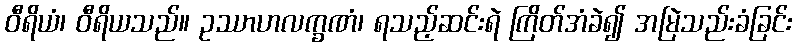
ဝီရိယံ၊ ဝီရိယသည်။ ဥဿာဟလက္ခဏံ၊ ရသည့်ဆင်းရဲ ကြိတ်အံခဲ၍ အမြဲသည်းခံခြင်း